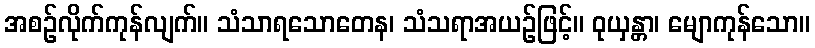
အစဉ်လိုက်ကုန်လျက်။ သံသာရသောတေန၊ သံသရာအယဉ်ဖြင့်။ ဝုယှန္တာ၊ မျောကုန်သော။